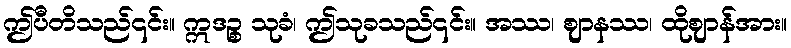
ဤပီတိသည်၎င်း။ ဣဒဉ္စ သုခံ၊ ဤသုခသည်၎င်း။ အဿ၊ ဈာနဿ၊ ထိုဈာန်အား။